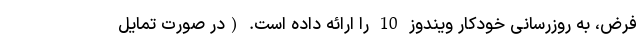
فرض، به روزرسانی خودکار ویندوز 10 را ارائه داده است. (در صورت تمایل